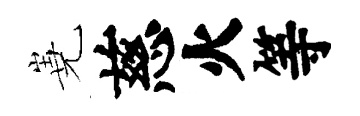
嶤慈火等